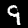
Digit: 9